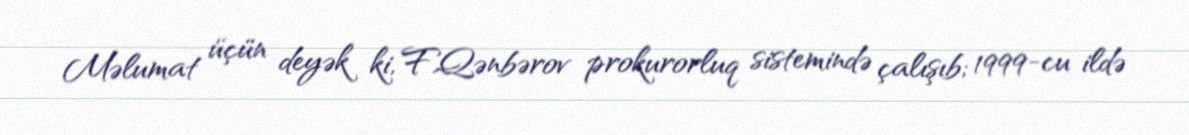
Məlumat üçün deyək ki, F.Qənbərov prokurorluq sistemində çalışıb; 1999-cu ildə